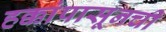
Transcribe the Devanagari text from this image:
हक्कांपासूनची